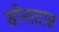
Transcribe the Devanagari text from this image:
सोनाटास